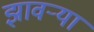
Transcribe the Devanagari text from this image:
झावर्‍या